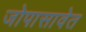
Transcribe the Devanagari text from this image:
जोपासावेत